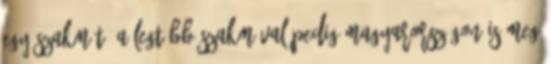
egy szakmát. A legtöbb szakmával pedig Magyarországon IS meg